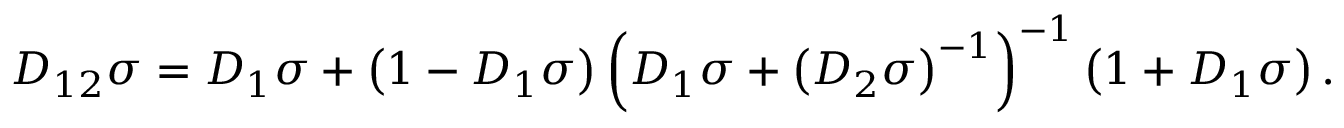
D _ { 1 2 } \sigma = D _ { 1 } \sigma + \left( 1 - D _ { 1 } \sigma \right) \left( D _ { 1 } \sigma + \left( D _ { 2 } \sigma \right) ^ { - 1 } \right) ^ { - 1 } \left( 1 + D _ { 1 } \sigma \right) .